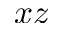
x z